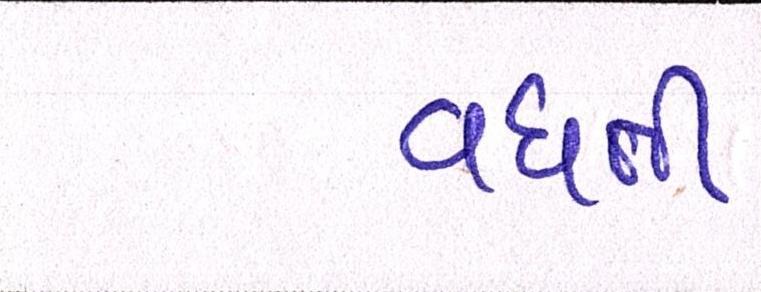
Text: વધતી